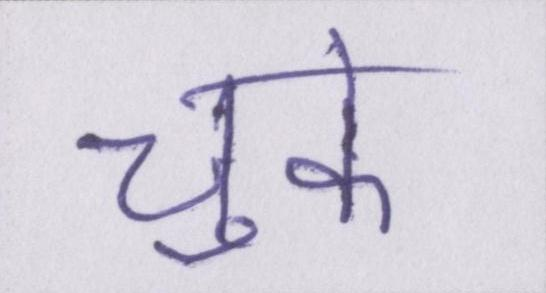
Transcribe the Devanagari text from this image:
चुके